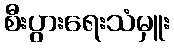
စီးပွားရေးသံမှူး